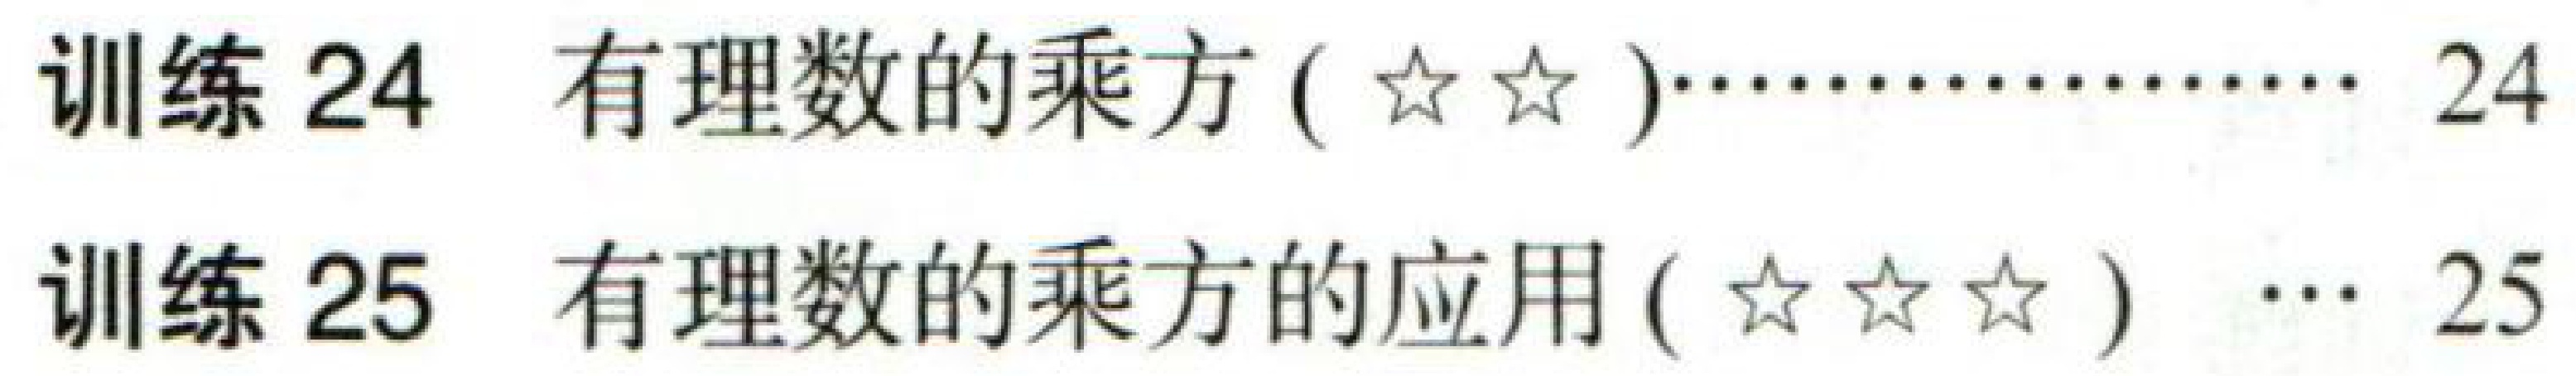
训练 24 有理数的乘方 (\(☆☆\))\(\cdots\cdots\cdots\cdots\cdots\cdots\) 24
训练 25 有理数的乘方的应用 (\(☆☆☆\)) \(\cdots\) 25